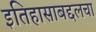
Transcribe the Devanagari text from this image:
इतिहासाबद्दलचा